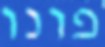
פונו